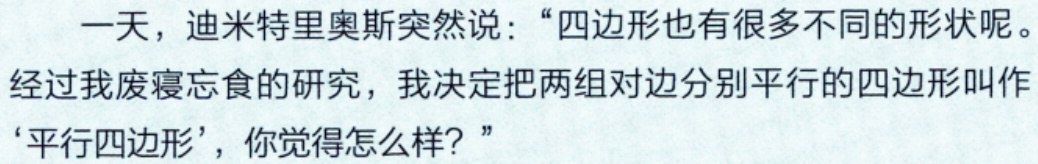
一天，迪米特里奥斯突然说：“四边形也有很多不同的形状呢。

经过我废寝忘食的研究，我决定把两组对边分别平行的四边形叫作

‘平行四边形’，你觉得怎么样？”